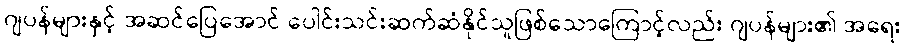
ဂျပန်များနှင့် အဆင်ပြေအောင် ပေါင်းသင်းဆက်ဆံနိုင်သူဖြစ်သောကြောင့်လည်း ဂျပန်များ၏ အရေး